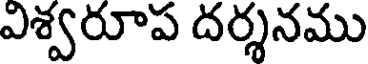
విశ్వరూప దర్శనము